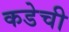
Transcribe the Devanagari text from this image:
कडेची